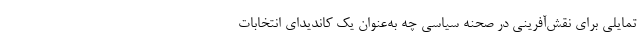
تمایلی برای نقش‌آفرینی در صحنه سیاسی چه به‌عنوان یک کاندیدای انتخابات